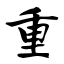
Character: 重